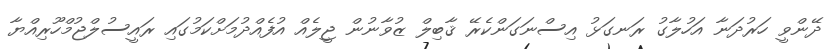
ދޭންވީ ހަރުދަނާ އަހުލާގު ރަނގަޅު އިސްނަގަންކެރޭ ޤާބިލް ޒުވާނުން ޖީލެއް އުފެއްދުމަށްކަމުގައި ރައީސުލްޖުމްހޫރިއްޔާ